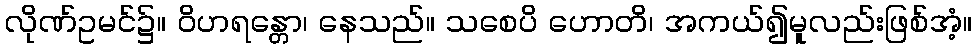
လိုဏ်ဥမင်၌။ ဝိဟရန္တော၊ နေသည်။ သစေပိ ဟောတိ၊ အကယ်၍မူလည်းဖြစ်အံ့။